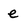
Character: e